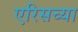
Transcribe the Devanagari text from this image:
एरिसच्या